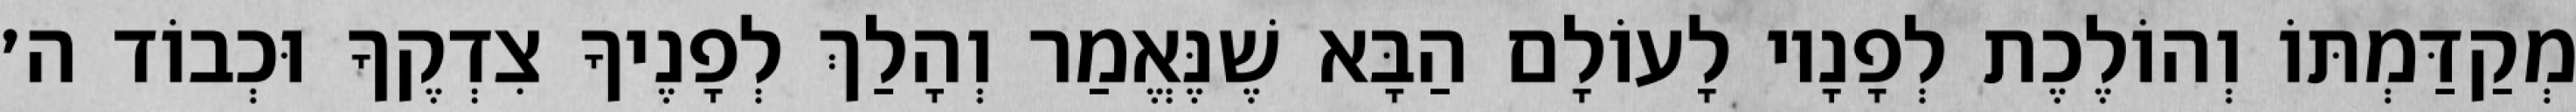
מְקַדַּמְתּוֹ וְהוֹלֶכֶת לְפָנָיו לָעוֹלָם הַבָּא שֶׁנֶּאֱמַר וְהָלַךְ לְפָנֶיךָ צִדְקֶךָ וּכְבוֹד ה׳